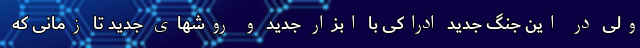
ولی در این جنگ جدید ادراکی با ابزار جدید و روشهای جدید تا زمانی که